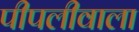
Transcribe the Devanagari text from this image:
पीपलीवाला